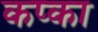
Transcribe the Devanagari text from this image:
कप्का